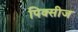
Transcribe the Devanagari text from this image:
पिक्सीज